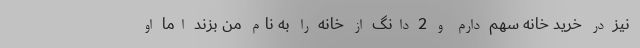
نیز در خرید خانه سهم دارم و 2 دانگ از خانه را به نام من بزند اما او